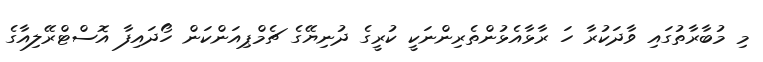
މި މުބާރާތުގައި ވާދަކުރާ ހަ ރާޅާއެޅުންތެރިންނަކީ ކުރީގެ ދުނިޔޭގެ ޗެމްޕިއަންކަން ހޯދައިފާ އޮސްޓްރޭލިއާގެ